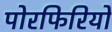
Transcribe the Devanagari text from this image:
पोरफिरियो